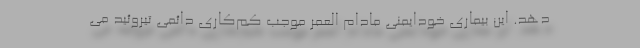
دهد. این بیماری خودایمنی مادام العمر موجب کم‌کاری دائمی تیروئید می